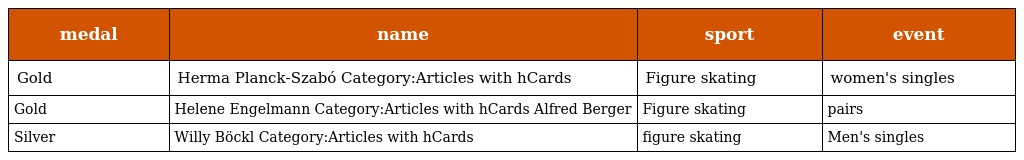
| medal | name | sport | event |
 | --- | --- | --- | --- |
 | Gold | Herma Planck-Szabó Category:Articles with hCards | Figure skating | women's singles |
 | Gold | Helene Engelmann Category:Articles with hCards Alfred Berger | Figure skating | pairs |
 | Silver | Willy Böckl Category:Articles with hCards | figure skating | Men's singles |